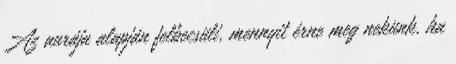
Az aurája alapján felbecsüli, mennyit érne meg nekünk, ha